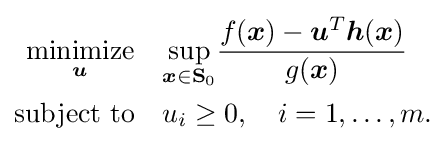
{\begin{aligned}{\underset {\boldsymbol {u}}{\text{minimize}}}\quad &{\underset {{\boldsymbol {x}}\in \mathbf {S} _{0}}{\operatorname {sup} }}{\frac {f({\boldsymbol {x}})-{\boldsymbol {u}}^{T}{\boldsymbol {h}}({\boldsymbol {x}})}{g({\boldsymbol {x}})}}\\{\text{subject to}}\quad &u_{i}\geq 0,\quad i=1,\dots ,m.\end{aligned}}